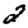
Digit: 2